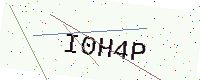
Text: I0H4P